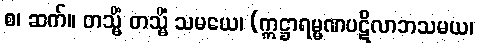
စ၊ ဆက်။ တသ္မိံ တသ္မိံ သမယေ၊ (ဣဋ္ဌာရမ္မဏပဋိလာဘသမယ၊